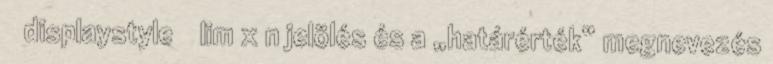
displaystyle lim x n jelölés és a „határérték” megnevezés